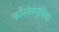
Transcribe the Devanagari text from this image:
काँस्तेनतुनिया